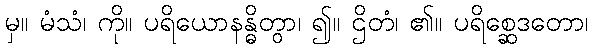
မှ။ မံသံ၊ ကို။ ပရိယောနန္ဓိတွာ၊ ၍။ ဌိတံ၊ ၏။ ပရိစ္ဆေဒတော၊